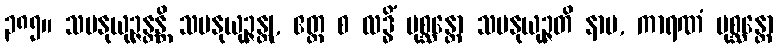
၃၈၅။ သမနုယုဉ္ဇန္တန္တိ သမနုယုဉ္ဇန္တု, ဧတ္ထ စ လဒ္ဓိံ ပုစ္ဆန္တော သမနုယုဉ္ဇတိ နာမ, ကာရဏံ ပုစ္ဆန္တော